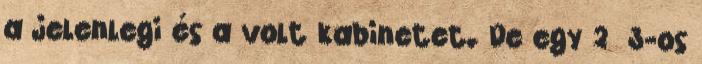
a jelenlegi és a volt kabinetet. De egy 2 3-os